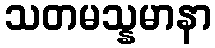
သတမသ္နမာနာ